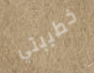
خطيبتي